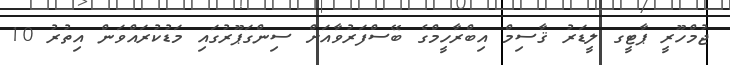
ޖުމްހޫރީ ޕާޓީގ ލީޑަރު ޤާސިމް އިބްރާހީމްގެ ބޭސްފަރުވާއަށް ސިންގަޕޫރުގައި މަޑުކުރައްވަން އިތުރު 10